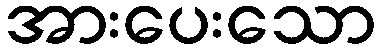
အားပေးသော